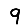
Digit: 9